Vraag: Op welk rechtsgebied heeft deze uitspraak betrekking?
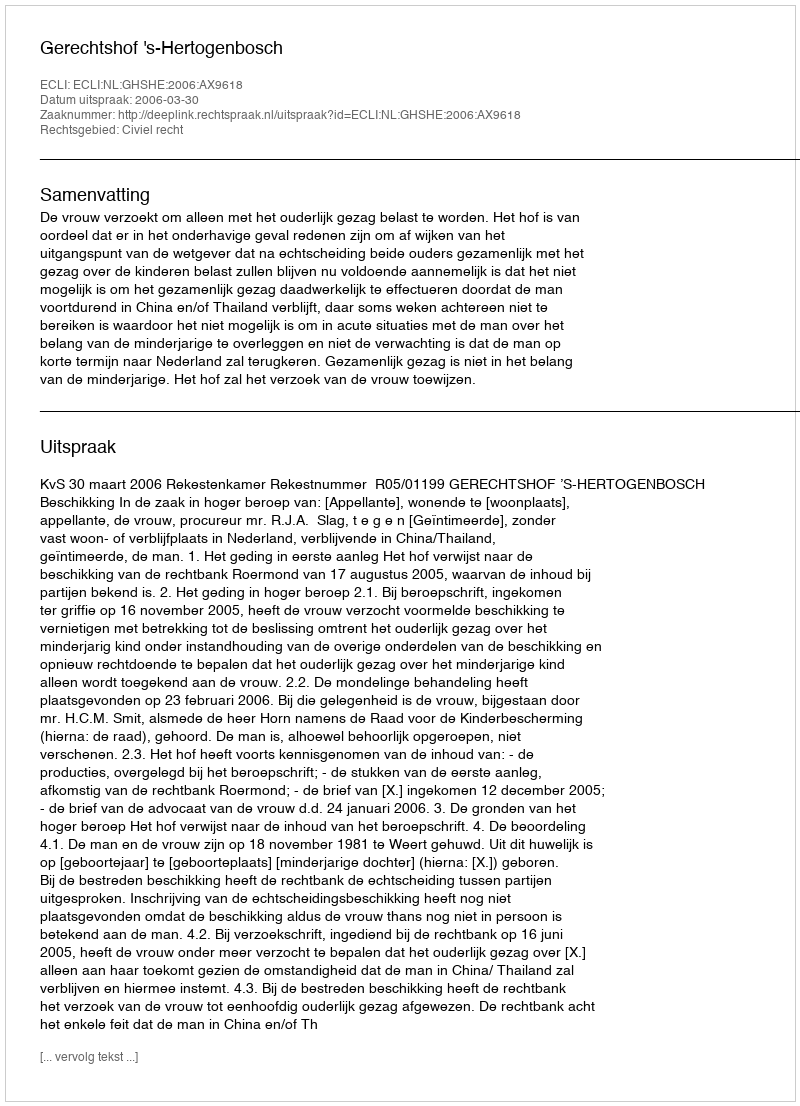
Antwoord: Civiel recht